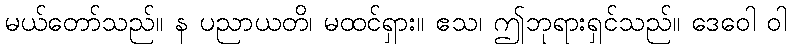
မယ်တော်သည်။ န ပညာယတိ၊ မထင်ရှား။ ဧသ၊ ဤဘုရားရှင်သည်။ ဒေဝေါ ဝါ